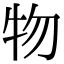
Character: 物